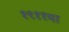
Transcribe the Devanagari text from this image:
१९११या